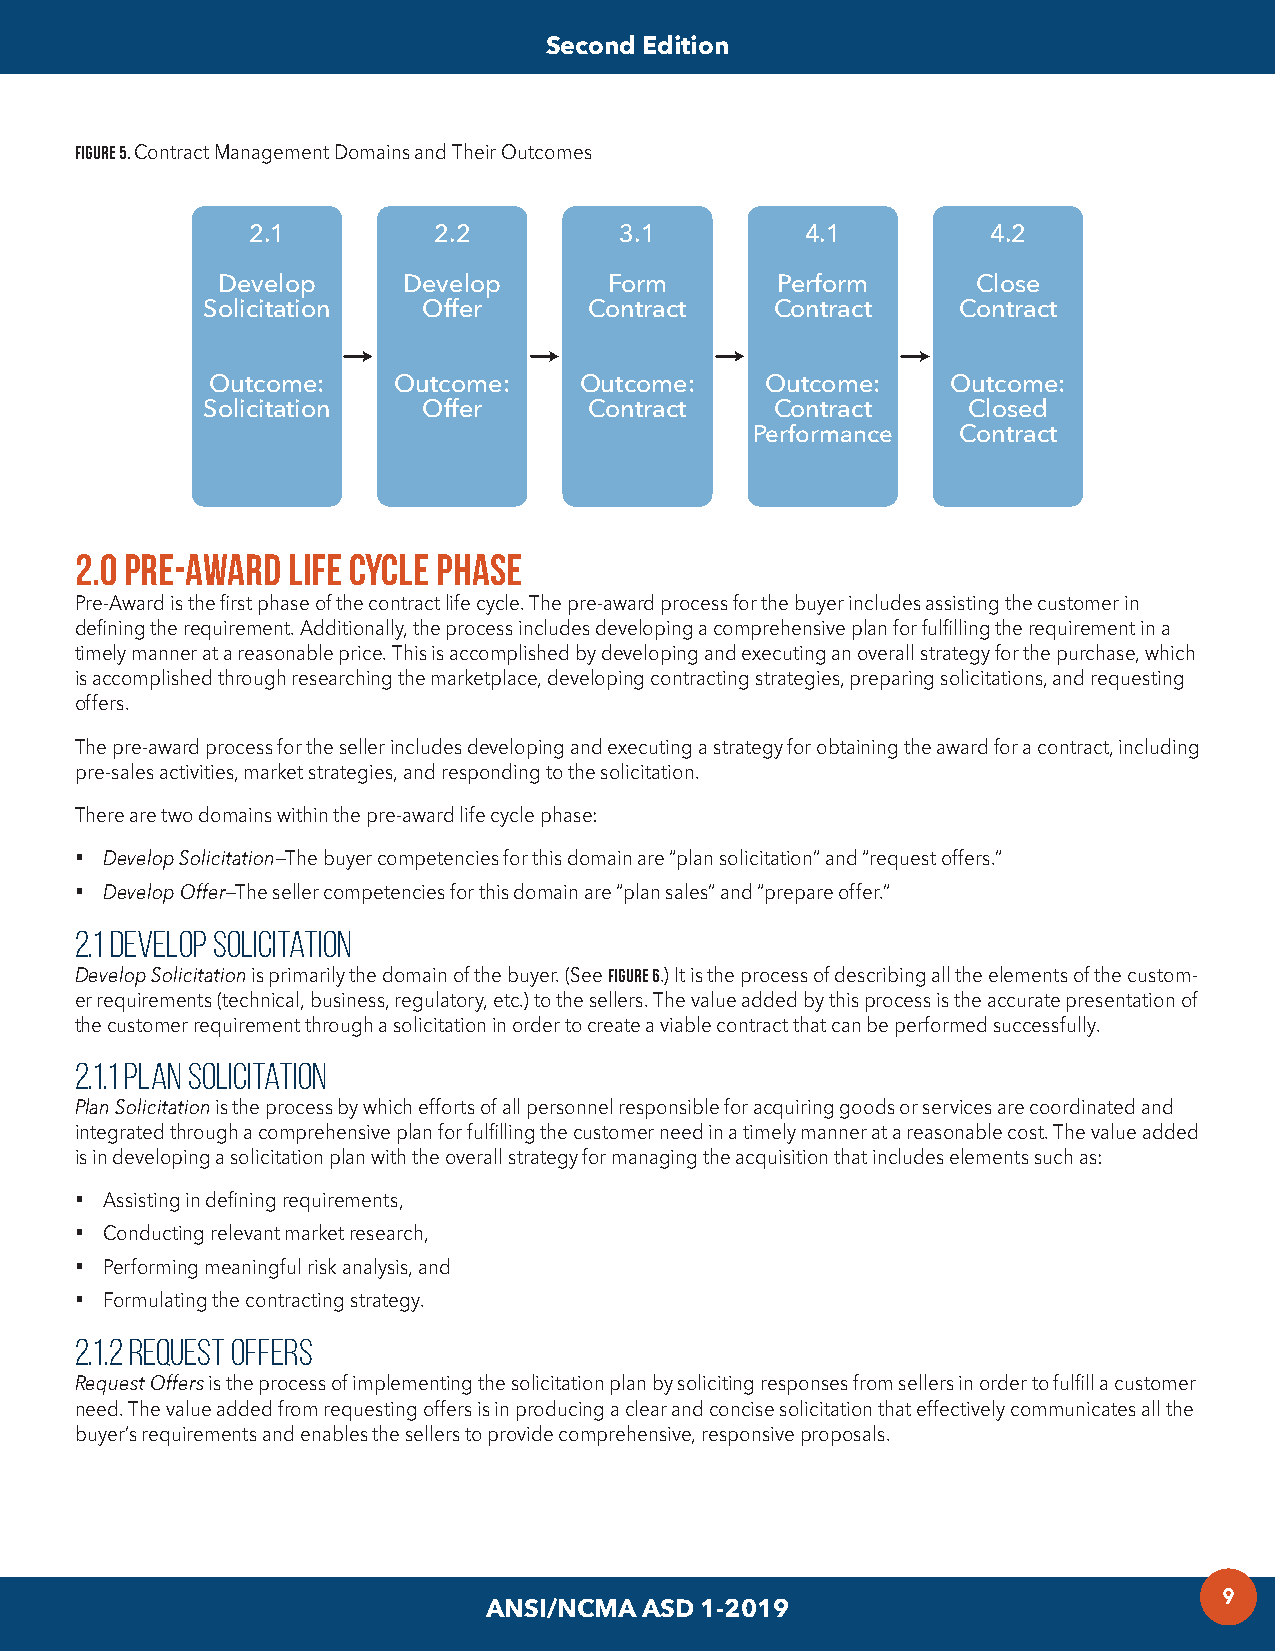
Second Edition
 FIGURE 5. Contract Management Domains and Their Outcomes
 2.1          2.2         3.1         4.1          4.2
 Develop      Develop      Form       Perform       Close
 Solicitation   Offer      Contract    Contract    Contract
 Outcome:    Outcome:    Outcome:     Outcome:    Outcome:
 Solicitation   Offer      Contract    Contract     Closed
 Performance  Contract
 2.0 Pre-Award Life Cycle Phase
 Pre-Award is the first phase of the contract life cycle. The pre-award process for the buyer includes assisting the customer in
 defining the requirement. Additionally, the process includes developing a comprehensive plan for fulfilling the requirement in a
 timely manner at a reasonable price. This is accomplished by developing and executing an overall strategy for the purchase, which
 is accomplished through researching the marketplace, developing contracting strategies, preparing solicitations, and requesting
 offers.
 The pre-award process for the seller includes developing and executing a strategy for obtaining the award for a contract, including
 pre-sales activities, market strategies, and responding to the solicitation.
 There are two domains within the pre-award life cycle phase:
 § Develop Solicitation—The buyer competencies for this domain are “plan solicitation” and “request offers.”
 § Develop Offer—The seller competencies for this domain are “plan sales” and “prepare offer.”
 2.1 Develop Solicitation
 Develop Solicitation is primarily the domain of the buyer. (See FIGURE 6.) It is the process of describing all the elements of the custom-
 er requirements (technical, business, regulatory, etc.) to the sellers. The value added by this process is the accurate presentation of
 the customer requirement through a solicitation in order to create a viable contract that can be performed successfully.
 2.1.1 Plan Solicitation
 Plan Solicitation is the process by which efforts of all personnel responsible for acquiring goods or services are coordinated and
 integrated through a comprehensive plan for fulfilling the customer need in a timely manner at a reasonable cost. The value added
 is in developing a solicitation plan with the overall strategy for managing the acquisition that includes elements such as:
 § Assisting in defining requirements,
 § Conducting relevant market research,
 § Performing meaningful risk analysis, and
 § Formulating the contracting strategy.
 2.1.2 Request Offers
 Request Offers is the process of implementing the solicitation plan by soliciting responses from sellers in order to fulfill a customer
 need. The value added from requesting offers is in producing a clear and concise solicitation that effectively communicates all the
 buyer’s requirements and enables the sellers to provide comprehensive, responsive proposals.
 9
 ANSI/NCMA ASD 1-2019